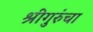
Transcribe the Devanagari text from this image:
श्रीगुरुंचा